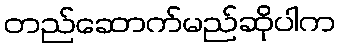
တည်ဆောက်မည်ဆိုပါက